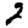
Digit: 2